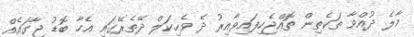
މާލެ ދުއްވާ ތަކެތިން ތޮއްޖެހިފައިވާއިރު ދެ ވެހިކަލް ދޭތެރޭގައި އެހާ ބޮޑު ޖާގައެއް